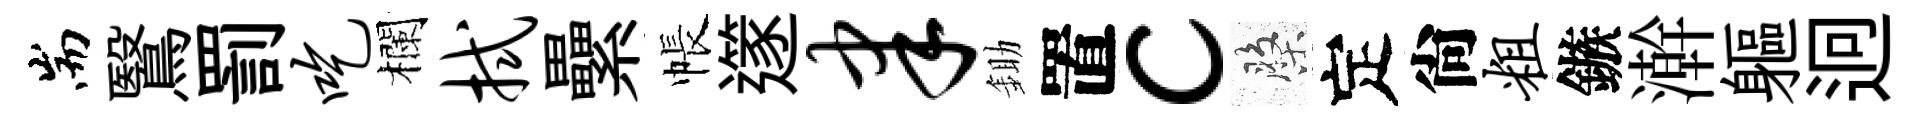
耑鷖罰吃欄拭纍帳𨗹聿鋤置c盤定尙粗鏃澣軀迥